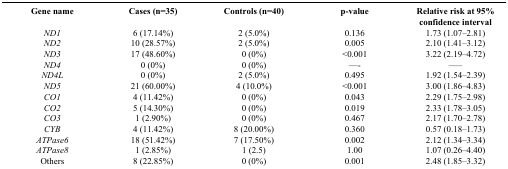
<table><thead><tr><td><b>Gene name</b></td><td><b>Cases (n=35)</b></td><td><b>Controls (n=40)</b></td><td><b>p-value</b></td><td><b>Relative risk at 95% confidence interval</b></td></tr></thead><tbody><tr><td><i>ND1</i></td><td>6 (17.14%)</td><td>2 (5.0%)</td><td>0.136</td><td>1.73 (1.07–2.81)</td></tr><tr><td><i>ND2</i></td><td>10 (28.57%)</td><td>2 (5.0%)</td><td>0.005</td><td>2.10 (1.41–3.12)</td></tr><tr><td><i>ND3</i></td><td>17 (48.60%)</td><td>0 (0%)</td><td>&lt;0.001</td><td>3.22 (2.19–4.72)</td></tr><tr><td><i>ND4</i></td><td>0 (0%)</td><td>0 (0%)</td><td>—-</td><td>—–</td></tr><tr><td><i>ND4L</i></td><td>0 (0%)</td><td>2 (5.0%)</td><td>0.495</td><td>1.92 (1.54–2.39)</td></tr><tr><td><i>ND5</i></td><td>21 (60.00%)</td><td>4 (10.0%)</td><td>&lt;0.001</td><td>3.00 (1.86–4.83)</td></tr><tr><td><i>CO1</i></td><td>4 (11.42%)</td><td>0 (0%)</td><td>0.043</td><td>2.29 (1.75–2.98)</td></tr><tr><td><i>CO2</i></td><td>5 (14.30%)</td><td>0 (0%)</td><td>0.019</td><td>2.33 (1.78–3.05)</td></tr><tr><td><i>CO3</i></td><td>1 (2.90%)</td><td>0 (0%)</td><td>0.467</td><td>2.17 (1.70–2.78)</td></tr><tr><td><i>CYB</i></td><td>4 (11.42%)</td><td>8 (20.00%)</td><td>0.360</td><td>0.57 (0.18–1.73)</td></tr><tr><td><i>ATPase6</i></td><td>18 (51.42%)</td><td>7 (17.50%)</td><td>0.002</td><td>2.12 (1.34–3.34)</td></tr><tr><td><i>ATPase8</i></td><td>1 (2.85%)</td><td>1 (2.5)</td><td>1.00</td><td>1.07 (0.26–4.40)</td></tr><tr><td>Others</td><td>8 (22.85%)</td><td>0 (0%)</td><td>0.001</td><td>2.48 (1.85–3.32)</td></tr></tbody></table>